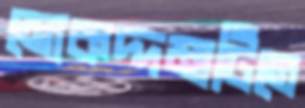
মোকদ্দমাটিতে